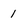
Character: 1